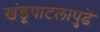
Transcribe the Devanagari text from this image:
खंडूपाटलापुढें